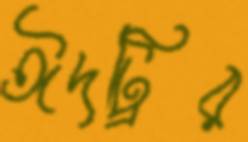
ঈদট্রির